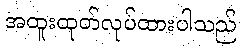
အထူးထုတ်လုပ်ထားပါသည်